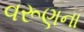
વરૂણના